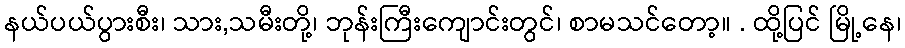
နယ်ပယ်ပွားစီး၊ သား,သမီးတို့၊ ဘုန်းကြီးကျောင်းတွင်၊ စာမသင်တော့။ . ထို့ပြင် မြို့နေ၊